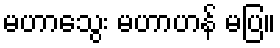
မဟာသွေး မဟာဟန် မပြ။